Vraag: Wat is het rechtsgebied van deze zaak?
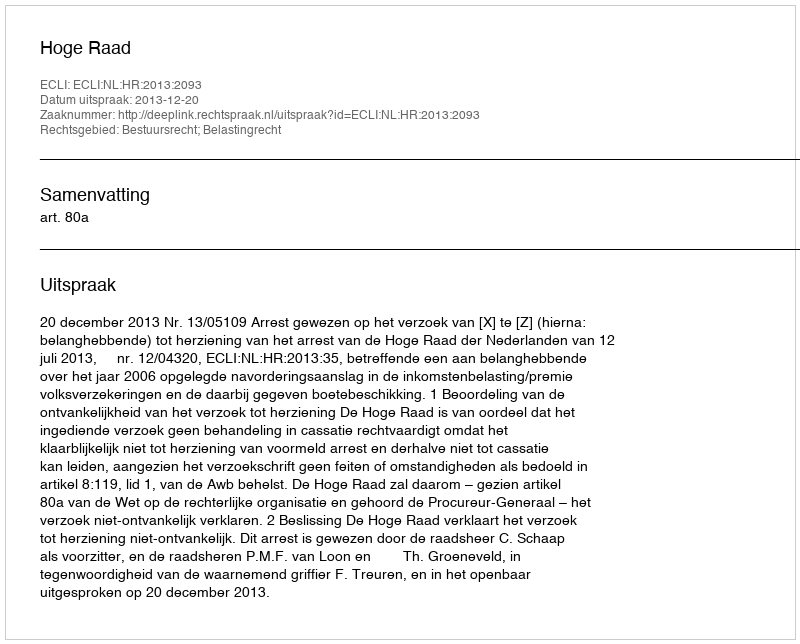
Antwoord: Bestuursrecht; Belastingrecht